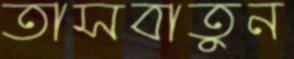
তাসবাতুন